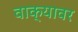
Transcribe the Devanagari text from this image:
वाक्यावर